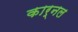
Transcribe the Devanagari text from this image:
कार्नल